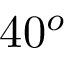
4 0 ^ { o }